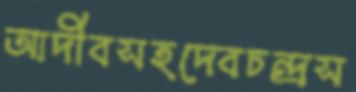
আদীবসহদেবচন্দ্রস